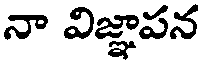
నా విజ్ఞాపన